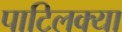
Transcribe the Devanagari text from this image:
पाटिलक्या